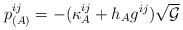
LaTeX: \begin{align*}p^{ij}_{(A)}=-(\kappa^{ij}_{A} +h_{A}g^{ij})\sqrt{{\cal G}} \end{align*}